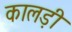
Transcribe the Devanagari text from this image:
कालड़ी